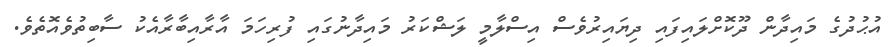
އުޙުދުގެ މައިދާން ދޫކޮށްލައިފައި ދިޔައިރުވެސް އިސްލާމީ ލަޝްކަރު މައިދާނުގައި ފުރިހަމަ އާރާއިބާރާއެކު ސާބިތުވެއޮތެވެ.